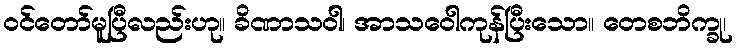
ဝင်တော်မူပြီလည်းဟု။ ခိဏာသဝါ၊ အာသဝေါကုန်ပြီးသော။ တေစဘိက္ခု၊